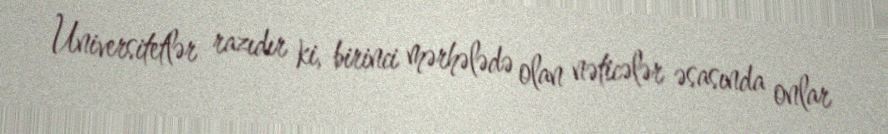
Universitetlər razıdır ki, birinci mərhələdə olan nəticələr əsasında onlar